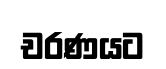
චරණයට